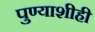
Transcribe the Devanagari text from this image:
पुण्याशीही